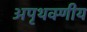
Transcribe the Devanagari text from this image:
अपृथक्णीय